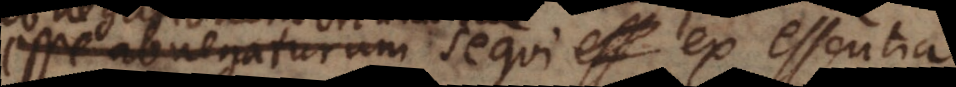
esse abnegaturum sequi ex essentia